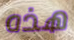
هذه